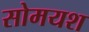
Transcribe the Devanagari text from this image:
सोमयश